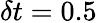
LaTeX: \delta t=0.5